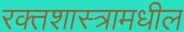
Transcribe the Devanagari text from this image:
रक्तशास्त्रामधील